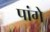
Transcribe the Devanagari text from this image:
पांगे